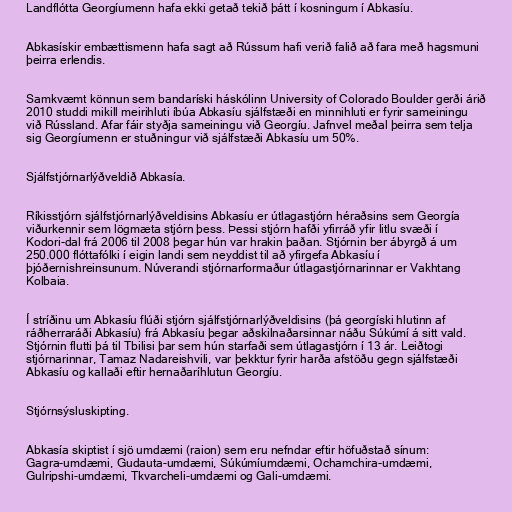
Landflótta Georgíumenn hafa ekki getað tekið þátt í kosningum í Abkasíu.

Abkasískir embættismenn hafa sagt að Rússum hafi verið falið að fara með hagsmuni
þeirra erlendis.

Samkvæmt könnun sem bandaríski háskólinn University of Colorado Boulder gerði árið
2010 studdi mikill meirihluti íbúa Abkasíu sjálfstæði en minnihluti er fyrir sameiningu
við Rússland. Afar fáir styðja sameiningu við Georgíu. Jafnvel meðal þeirra sem telja
sig Georgíumenn er stuðningur við sjálfstæði Abkasíu um 50%.

Sjálfstjórnarlýðveldið Abkasía.

Ríkisstjórn sjálfstjórnarlýðveldisins Abkasíu er útlagastjórn héraðsins sem Georgía
viðurkennir sem lögmæta stjórn þess. Þessi stjórn hafði yfirráð yfir litlu svæði í
Kodori-dal frá 2006 til 2008 þegar hún var hrakin þaðan. Stjórnin ber ábyrgð á um
250.000 flóttafólki í eigin landi sem neyddist til að yfirgefa Abkasíu í
þjóðernishreinsunum. Núverandi stjórnarformaður útlagastjórnarinnar er Vakhtang
Kolbaia.

Í stríðinu um Abkasíu flúði stjórn sjálfstjórnarlýðveldisins (þá georgíski hlutinn af
ráðherraráði Abkasíu) frá Abkasíu þegar aðskilnaðarsinnar náðu Súkúmí á sitt vald.
Stjórnin flutti þá til Tbilisi þar sem hún starfaði sem útlagastjórn í 13 ár. Leiðtogi
stjórnarinnar, Tamaz Nadareishvili, var þekktur fyrir harða afstöðu gegn sjálfstæði
Abkasíu og kallaði eftir hernaðaríhlutun Georgíu.

Stjórnsýsluskipting.

Abkasía skiptist í sjö umdæmi (raion) sem eru nefndar eftir höfuðstað sínum:
Gagra-umdæmi, Gudauta-umdæmi, Súkúmíumdæmi, Ochamchira-umdæmi,
Gulripshi-umdæmi, Tkvarcheli-umdæmi og Gali-umdæmi.